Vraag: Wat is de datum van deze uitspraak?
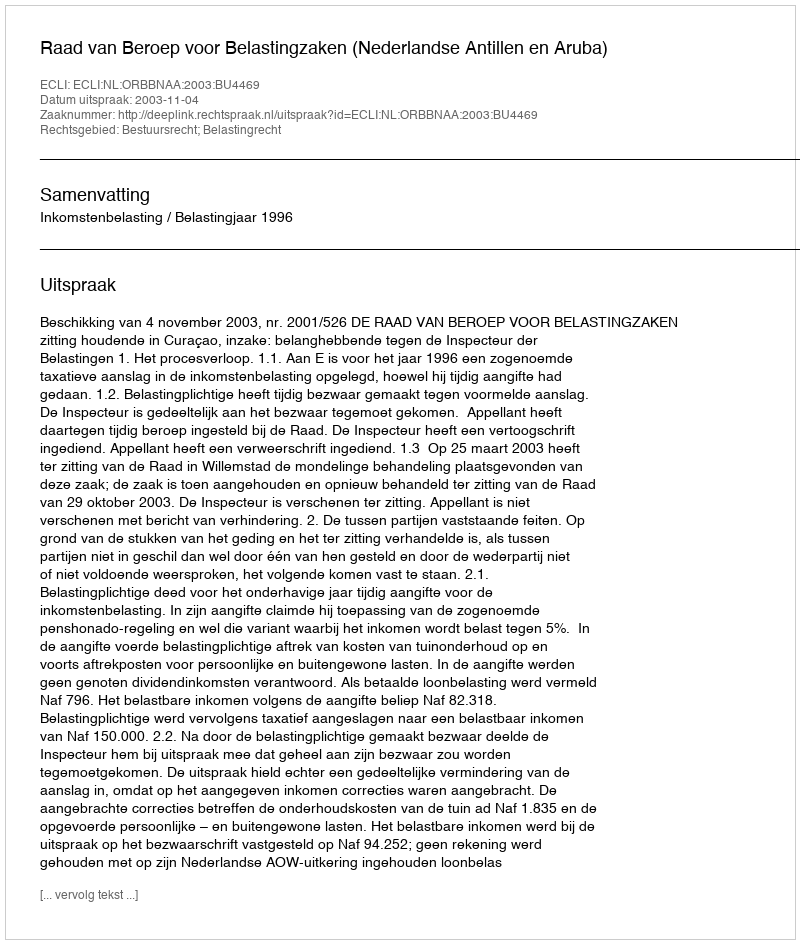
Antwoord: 2003-11-04